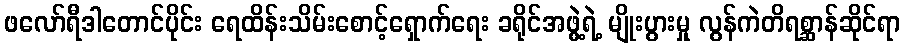
ဖလော်ရီဒါတောင်ပိုင်း ရေထိန်းသိမ်းစောင့်ရှောက်ရေး ခရိုင်အဖွဲ့ရဲ့ မျိုးပွားမှု လွန်ကဲတိရစ္ဆာန်ဆိုင်ရာ